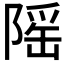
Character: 𬯒